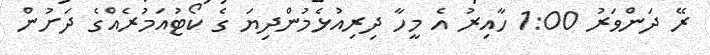
ރޭ ދަންވަރު 1:00 ހާއިރު އެ މީހާ ދިރިއުޅެމުންދިޔަ ގެ ކޯޓުއަމުރެއްގެ ދަށުން